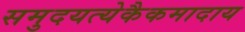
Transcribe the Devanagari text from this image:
समुदयत्येकैकमादाय